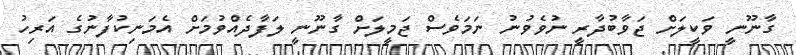
ގާނޫނީ ވަކީލަށް ޖަވާބުދާރީ ނުވެވުނު ނަމަވެސް ޖަމީލަށް ގާނޫނީ ލަފާދެއްވުމަށް އެމަނިކުފާނުގެ އަރިހު